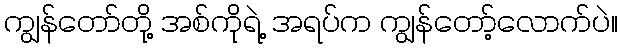
ကျွန်တော်တို့ အစ်ကိုရဲ့ အရပ်က ကျွန်တော့်လောက်ပဲ။